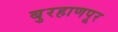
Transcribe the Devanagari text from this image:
बुरहाणपूर